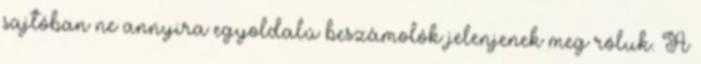
sajtóban ne annyira egyoldalú beszámolók jelenjenek meg róluk. A